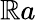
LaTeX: \mathbb{R}a